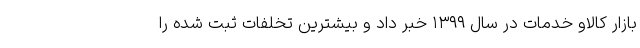
بازار کالاو خدمات در سال ۱۳۹۹ خبر داد و بیشترین تخلفات ثبت شده را